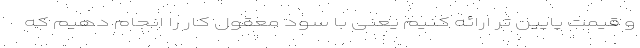
و قیمت پایین تر ارائه کنیم یعنی با سود معقول کار را انجام دهیم که